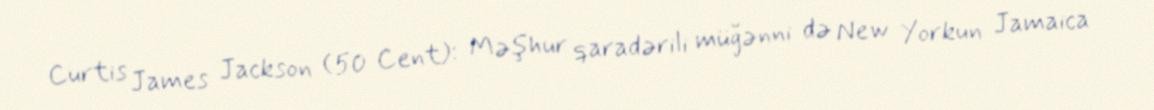
Curtis James Jackson (50 Cent): Məşhur qaradərili müğənni də New Yorkun Jamaica